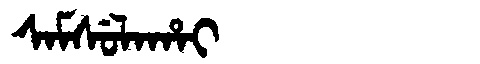
Manchu: ᠰᠠᠮᠰᡠᠯᠠᡥᠠᡳ
Romanization: SAMSULAHAI